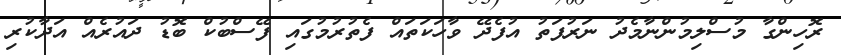
ރޮހިންގާ މުސްލިމުންނާމެދު ނަރުފަތު އުފެދޭ ވާހަކަތައް ފެތުރުމުގައި ފޭސްބުކް ބޮޑު ދައުރެއް އަދާކުރި